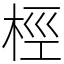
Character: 桱